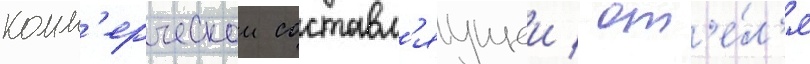
комм'ерческои составл'яущеи / от'е́л'я